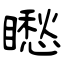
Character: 矁